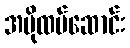
အပိုထပ်ဆောင်း